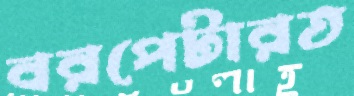
বরপেটারত